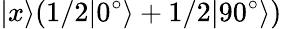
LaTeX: |x\rangle(1/2|0^{\circ}\rangle+1/2|90^{\circ}\rangle)